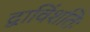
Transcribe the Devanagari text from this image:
द्वाविंशतिः